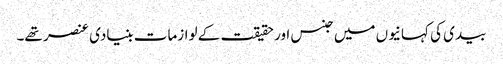
بیدی کی کہانیوں میں جنس اور حقیقت کے لوازمات بنیادی عنصر تھے۔